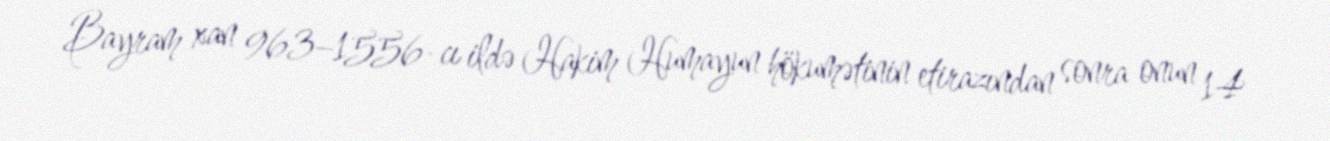
Bayram xan 963–1556-cı ildə Hakim Humayun hökumətinin etirazından sonra onun 14